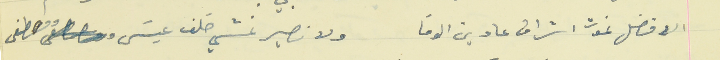
الافضل نموت اشراف عا دين الوفا                                  ولا نصير نمشي خلف عيسَى ومصطفى